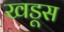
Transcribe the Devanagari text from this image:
खडूस